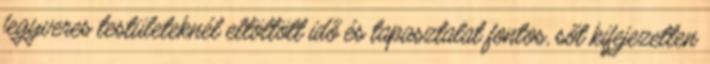
fegyveres testületeknél eltöltött idő és tapasztalat fontos, sőt kifejezetten